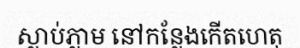
ស្លាប់ភ្លាម នៅកន្លែងកើតហេតុ